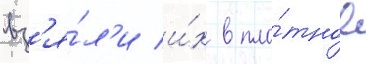
вз'я́л'и и́х в пло́тное